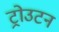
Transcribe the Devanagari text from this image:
ट्रोउटन